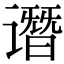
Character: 谮